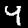
Digit: 4